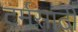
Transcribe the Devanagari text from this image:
टर्मसाठी